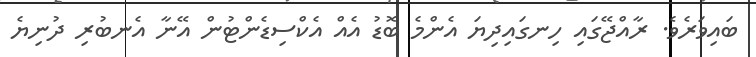
ބައިވަރެވެ. ރާއްޖޭގައި ހިނގައިދިޔަ އެންމެ ބޮޑު އެއް އެކްސިޑެންޓުން އޭނާ އެނބުރި ދުނިޔެ